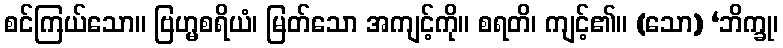
စင်ကြယ်သော။ ဗြဟ္မစရိယံ၊ မြတ်သော အကျင့်ကို။ စရတိ၊ ကျင့်၏။ (သော) ‘ဘိက္ခု၊